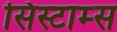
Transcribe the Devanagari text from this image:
सिस्टाम्स